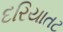
દરિયાતટ